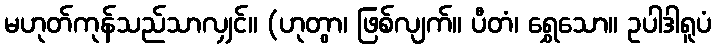
မဟုတ်ကုန်သည်သာလျှင်။ (ဟုတွာ၊ ဖြစ်လျက်။ ပီတံ၊ ရွှေသော။ ဥပါဒါရူပံ